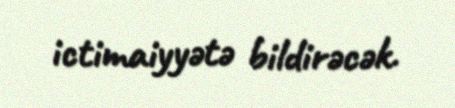
ictimaiyyətə bildirəcək.